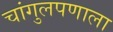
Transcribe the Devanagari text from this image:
चांगुलपणाला